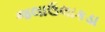
જલાઉલાકડા